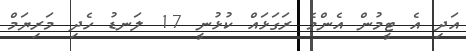
އަދި އެ ޓީމުން އެންމެ ރަގަޅައް ކުޅުނީ 17 ލަނޑު ހެދި މަރިޔަމް